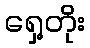
ရှေ့တိုး